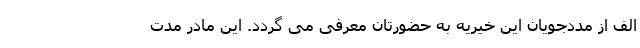
الف از مددجویان این خیریه به حضورتان معرفی می گردد. این مادر مدت